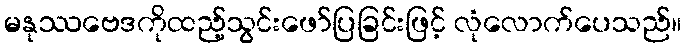
မနုဿဗေဒကိုထည့်သွင်းဖော်ပြခြင်းဖြင့် လုံလောက်ပေသည်။